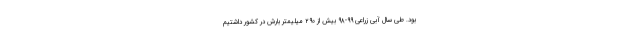
بود. طی سال آبی زراعی ۹۹-۹۸ بیش از ۲۹۰ میلیمتر بارش در کشور داشتیم